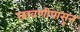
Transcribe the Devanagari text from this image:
छावणीपासून